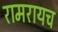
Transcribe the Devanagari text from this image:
रामरायच